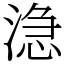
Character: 㴔